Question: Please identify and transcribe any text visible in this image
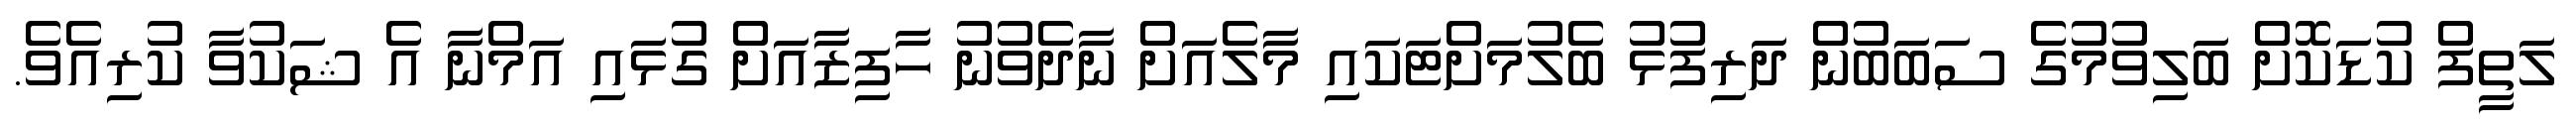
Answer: ލަތީފް ކުޑަކޮށް ބަލިވުމުގެ ސަބަބުން ދަރިފުޅު ބެލުމަށްޓަކައި މާލެއަށް ނާދެވުނު ހާފިޒާއަށް ގުޅައި އަމްނާ އެ ޝަކުވާ ކުރިއެވެ.